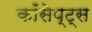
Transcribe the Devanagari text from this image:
कॉंसेप्ट्स